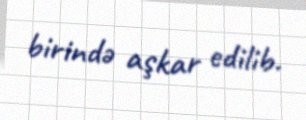
birində aşkar edilib.